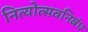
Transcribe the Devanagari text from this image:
नित्योत्सवनिबंध